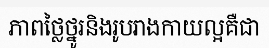
ភាពថ្លៃថ្នូរនិងរូបរាងកាយល្អគឺជា